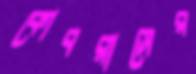
কোবরাসের